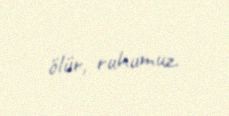
ölür, ruhumuz.